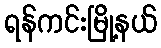
ရန်ကင်းမြို့နယ်